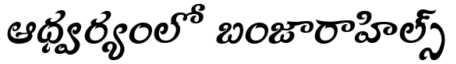
ఆధ్వర్యంలో బంజారాహిల్స్